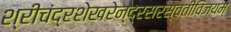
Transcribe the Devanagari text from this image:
श्रीचंद्रशेखरेन्द्रसरस्वतीविजयम्